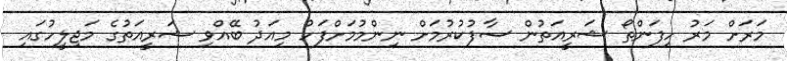
މަރަށް މަރު ހިފަންތޯ ޝަރީއަތުން ސާފުކުރުމަށް ނިންމުމަށްފަހު މިއަދު ބޭއްވި ޝަރީއަތުގެ މަޖިލީހުގައި